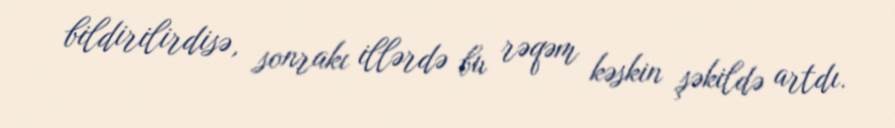
bildirilirdisə, sonrakı illərdə bu rəqəm kəskin şəkildə artdı.